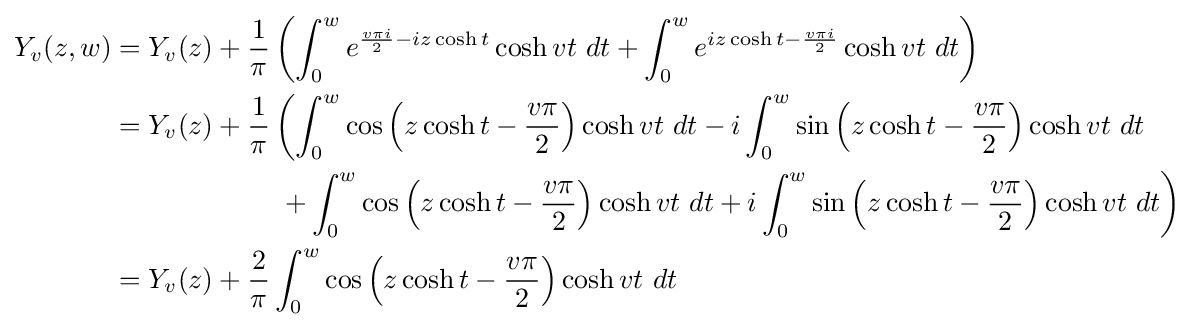
{\begin{aligned}Y_{v}(z,w)&=Y_{v}(z)+{\dfrac {1}{\pi }}\left(\int _{0}^{w}e^{{\frac {v\pi i}{2}}-iz\cosh t}\cosh vt~dt+\int _{0}^{w}e^{iz\cosh t-{\frac {v\pi i}{2}}}\cosh vt~dt\right)\\&=Y_{v}(z)+{\dfrac {1}{\pi }}\left(\int _{0}^{w}\cos \left(z\cosh t-{\dfrac {v\pi }{2}}\right)\cosh vt~dt-i\int _{0}^{w}\sin \left(z\cosh t-{\dfrac {v\pi }{2}}\right)\cosh vt~dt\right.\\&\quad \quad \quad \quad \quad \quad \left.+\int _{0}^{w}\cos \left(z\cosh t-{\dfrac {v\pi }{2}}\right)\cosh vt~dt+i\int _{0}^{w}\sin \left(z\cosh t-{\dfrac {v\pi }{2}}\right)\cosh vt~dt\right)\\&=Y_{v}(z)+{\dfrac {2}{\pi }}\int _{0}^{w}\cos \left(z\cosh t-{\dfrac {v\pi }{2}}\right)\cosh vt~dt\end{aligned}}